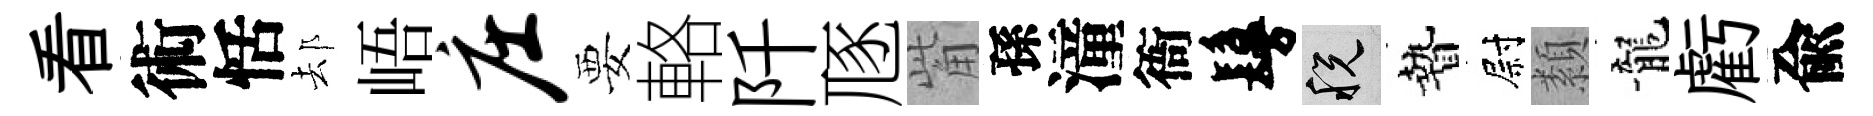
看術恬𨚫峿庄要輅阡豗觜孫潼衙鬘税贄尉纇龍虧兪